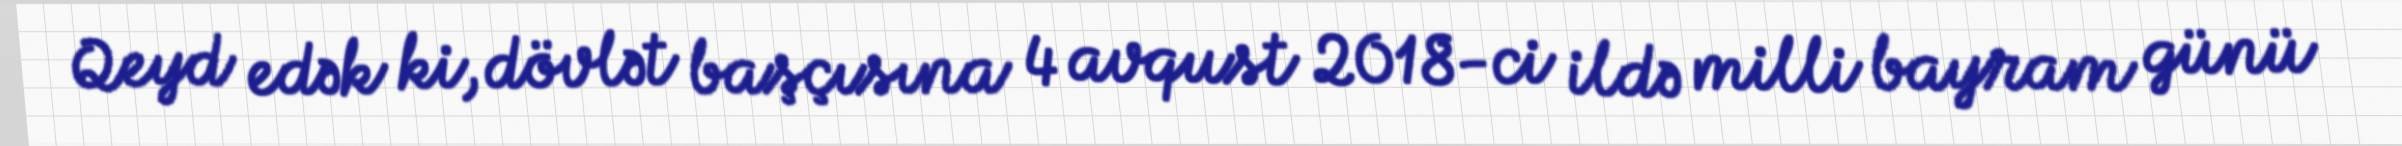
Qeyd edək ki, dövlət başçısına 4 avqust 2018-ci ildə milli bayram günü